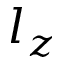
l _ { z }